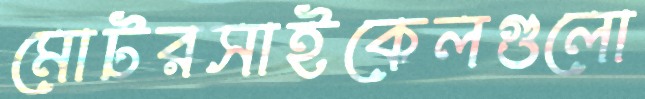
মোটরসাইকেলগুলো